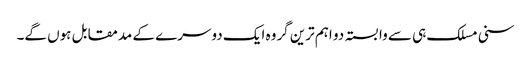
سنی مسلک ہی سے وابستہ دو اہم ترین گروہ ایک دوسرے کے مدمقابل ہوں گے۔